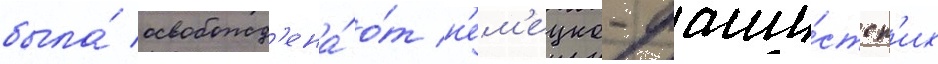
была́ освобожд'ена́ о́т н'ем'ецко-фаши́стск'их